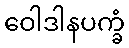
ဝေါဒါနပက္ခံ